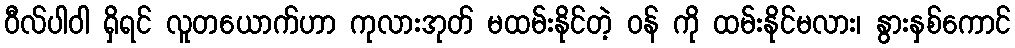
ဝီလ်ပါဝါ ရှိရင် လူတယောက်ဟာ ကုလားအုတ် မထမ်းနိုင်တဲ့ ဝန် ကို ထမ်းနိုင်မလား၊ နွားနှစ်ကောင်